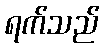
ရက်သည်